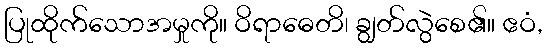
ပြုထိုက်သောအမှုကို။ ဝိရာဓေတိ၊ ချွတ်လွဲစေ၏။ ဧဝံ,